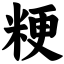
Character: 粳